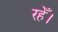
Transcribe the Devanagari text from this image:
रहेँ।